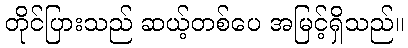
တိုင်ပြားသည် ဆယ့်တစ်ပေ အမြင့်ရှိသည်။